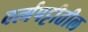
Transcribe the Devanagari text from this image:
वर्त्मपट्टीतील